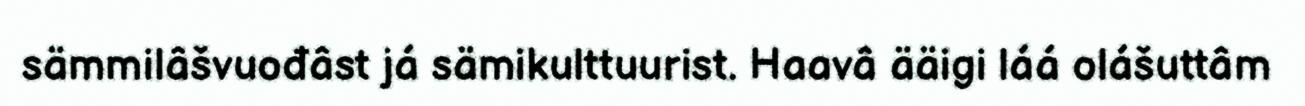
sämmilâšvuođâst já sämikulttuurist. Haavâ ääigi láá olášuttâm